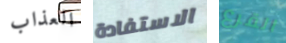
العذاب الاستفادة القرع